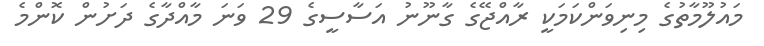
މައުލޫމާތުގެ މިނިވަންކަމަކީ ރާއްޖޭގެ ގާނޫނު އަސާސީގެ 29 ވަނަ މާއްދާގެ ދަށުން ކޮންމެ